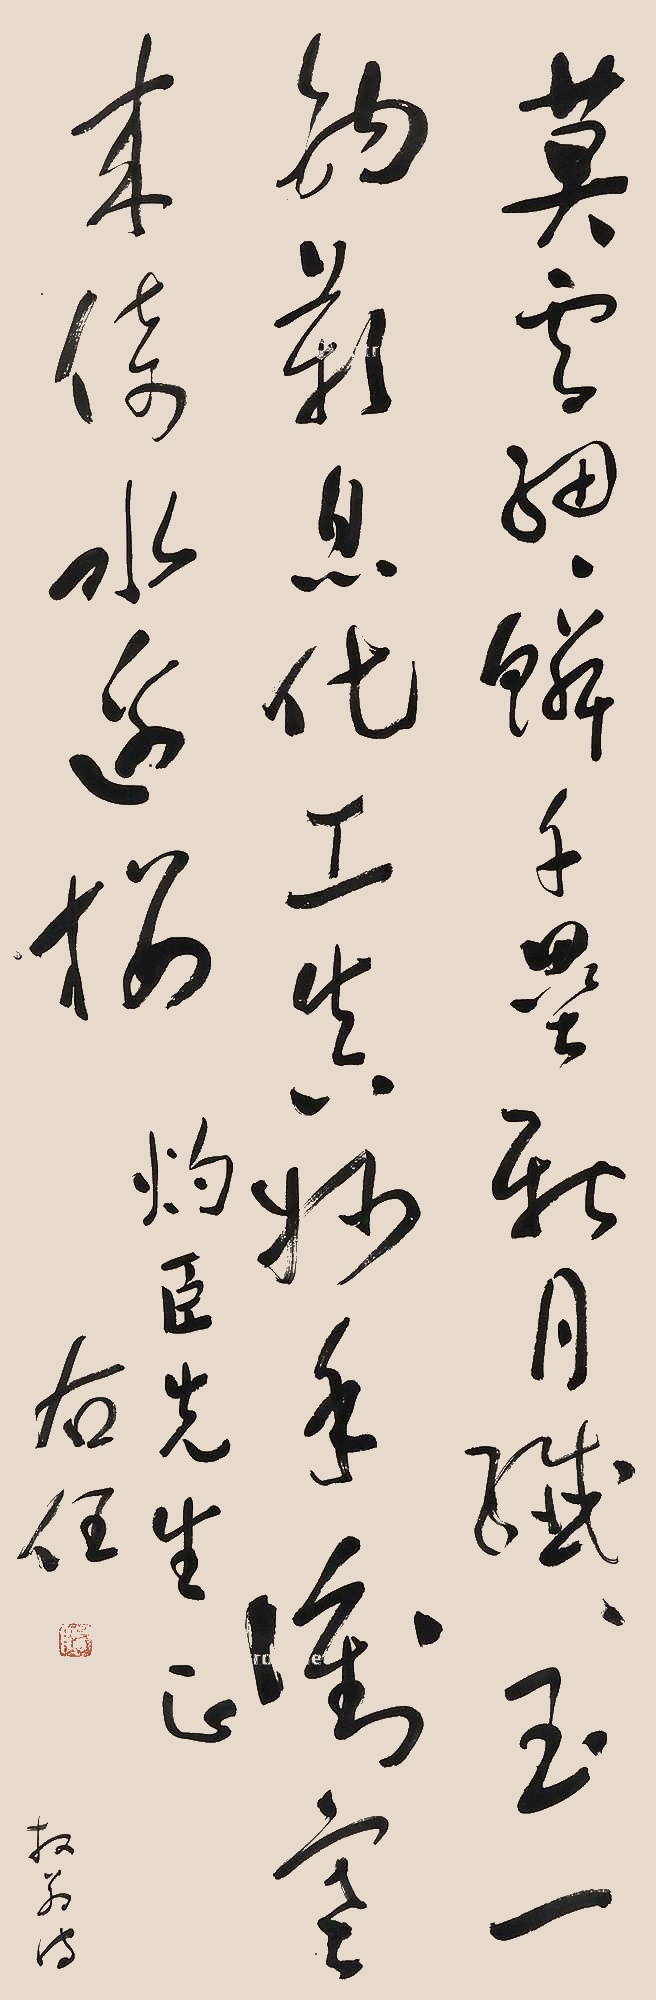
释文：莫云细细鳞千叠，新月纤纤玉一钓。叹息化工真妙手，冲寒来倚水边楼。灼臣先生正，右任。放翁诗。